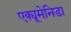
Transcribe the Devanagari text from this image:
एक्यूमेनिडा